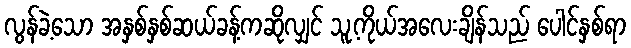
လွန်ခဲ့သော အနှစ်နှစ်ဆယ်ခန့်ကဆိုလျှင် သူ့ကိုယ်အလေးချိန်သည် ပေါင်နှစ်ရာ